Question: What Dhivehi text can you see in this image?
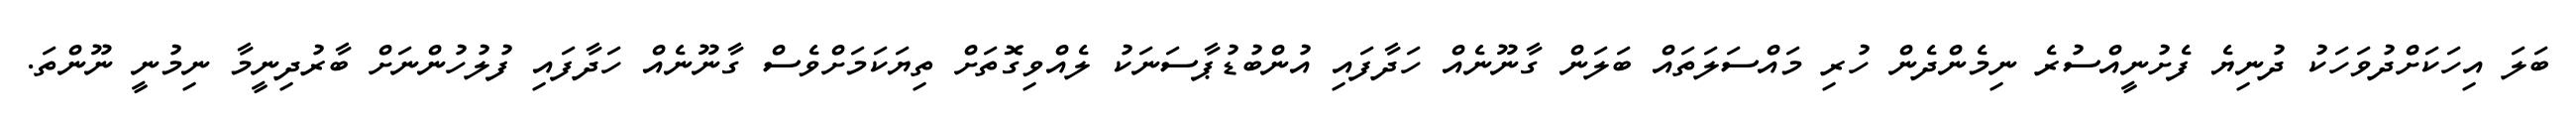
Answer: ބަލަ އިހަކަށްދުވަހަކު ދުނިޔެ ފެށުނީއްސުރެ ނިމެންދެން ހުރި މައްސަލަތައް ބަލަން ގާނޫނެއް ހަދާފައި އުންބުޑުޕާސަނަކު ލެއްވިގޮތަށް ތިޔަކަމަށްވެސް ގާނޫނެއް ހަދާފައި ފުލުހުންނަށް ބާރުދިނީމާ ނިމުނީ ނޫންތަ.